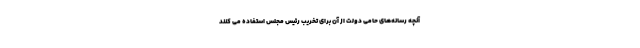
آنچه رسانه‌های حامی دولت از آن برای تخریب رئیس مجلس استفاده می کنند